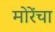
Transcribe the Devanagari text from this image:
मोरेंचा